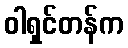
ဝါရှင်တန်က